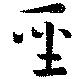
聖